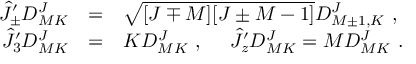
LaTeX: \begin{array} { r c l } { { \hat { J } _ { \pm } ^ { \prime } D _ { M K } ^ { J } } } & { { = } } & { { \sqrt { [ J \mp M ] [ J \pm M - 1 ] } D _ { M \pm 1 , K } ^ { J } ~ , } } \\ { { \hat { J } _ { 3 } ^ { \prime } D _ { M K } ^ { J } } } & { { = } } & { { K D _ { M K } ^ { J } ~ , ~ ~ ~ ~ \hat { J } _ { z } ^ { \prime } D _ { M K } ^ { J } = M D _ { M K } ^ { J } ~ . } } \end{array}